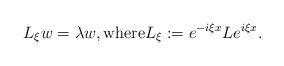
\begin{align*}L_\xi w=\lambda w,\textrm{where}L_\xi:=e^{-i\xi x}Le^{i\xi x}.\end{align*}